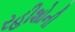
રહીશોની